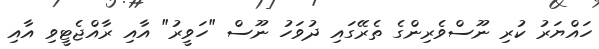
ހައްޔަރު ކުރި ނޫސްވެރިންގެ ތެރޭގައި ދުވަހު ނޫސް "ހަވީރު" އާއި ރާއްޖެޓީވި އާއި